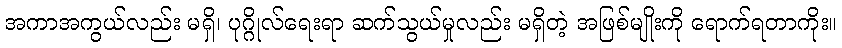
အကာအကွယ်လည်း မရှိ၊ ပုဂ္ဂိုလ်ရေးရာ ဆက်သွယ်မှုလည်း မရှိတဲ့ အဖြစ်မျိုးကို ရောက်ရတာကိုး။